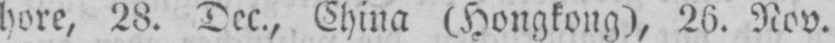
hore, 28. Dec., China (Hongkong), 26. Nov.